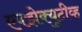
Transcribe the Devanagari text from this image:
एक्झेक्युटीव्ह